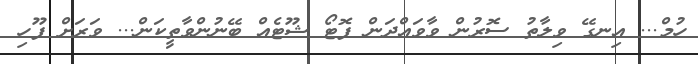
ހުމް... އިނގޭ ވިލާތު ސޮރުން ވާވައްދަން ފޮޓޯ ޝޫޓެއް ބޭނުންވާތީކަން... ވަރަށް ފޫހި